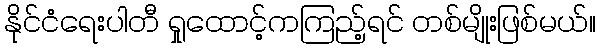
နိုင်ငံရေးပါတီ ရှုထောင့်ကကြည့်ရင် တစ်မျိုးဖြစ်မယ်။